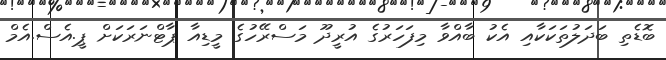
ބޮޑެތި ބަދަލުތަކަކާއި އެކު ބާއްވާ މިފަހަރުގެ އުރީދޫ މަސްރޭހުގެ މީޑިއާ ޕާޓްނަރަކަށް ޕީ.އެސް.އެމް